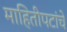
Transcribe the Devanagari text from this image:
माहितीपटांचे